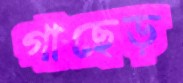
গাছেড়